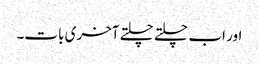
اور اب چلتے چلتے آخری بات۔